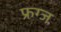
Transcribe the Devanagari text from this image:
फ्रग्ज